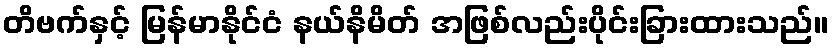
တိဗက်နှင့် မြန်မာနိုင်ငံ နယ်နိမိတ် အဖြစ်လည်းပိုင်းခြားထားသည်။